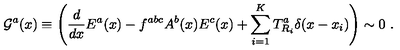
{ \cal G } ^ { a } ( x ) \equiv \left( \frac { d } { d x } E ^ { a } ( x ) - f ^ { a b c } A ^ { b } ( x ) E ^ { c } ( x ) + \sum _ { i = 1 } ^ { K } T _ { R _ { i } } ^ { a } \delta ( x - x _ { i } ) \right) \sim 0 \ .